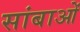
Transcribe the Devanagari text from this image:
सांबाओं